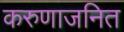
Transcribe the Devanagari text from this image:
करुणाजनित